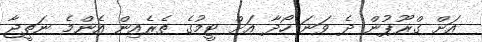
އަށް ގްރޫޕުން ދެ ވަނަ ހޯދާ އަށް ޓީމުގެ ތެރެއިން އެންމެ ނަތީޖާ